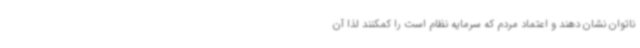
ناتوان نشان دهند و اعتماد مردم که سرمایه نظام است را کمکنند لذا آن